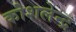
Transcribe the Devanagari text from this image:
कोशलेन्द्र